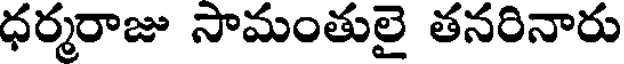
ధర్మరాజు సామంతులై తనరినారు